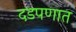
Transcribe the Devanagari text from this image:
दडपणात